Vaccination Hyderabad 1890-1903 - 1890-1903
Year: 1890
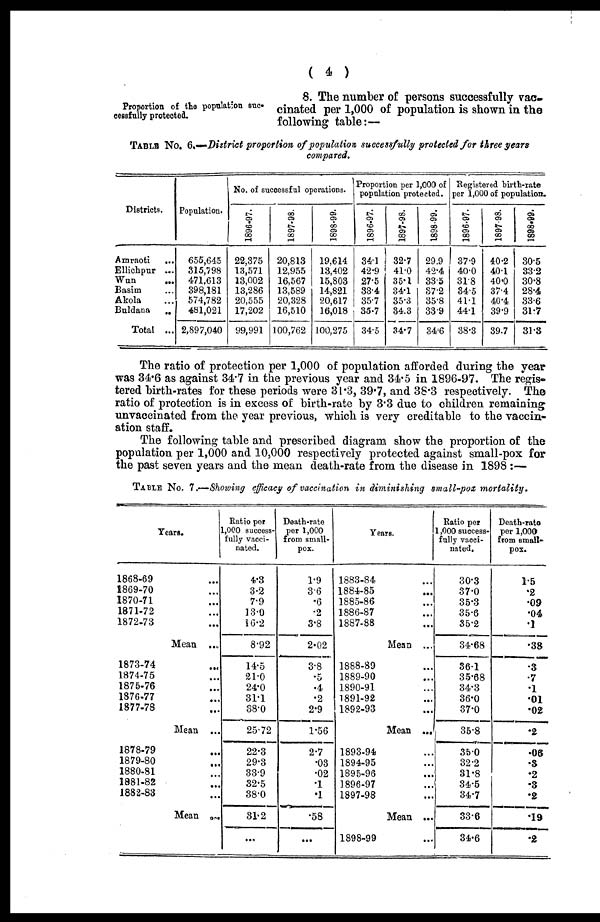
( 4 )
Proportion of the population suc-
cessfully protected.
8. The number of persons successfully vac-
cinated per 1,000 of population is shown in the
following table:—
TABLE No. 6.—District proportion of population successfully protected for three years
compared.
Districts.
Amraoti ...
Ellichpur ...
Wan ...
Basim ...
Akola ...
Buldana ...
TOTAL ...
Population.
655,645
315,798
471,613
398,181
574,782
481,021
2,897,040
No. of successful operations.
1896-97.
22,375
13,571
13,002
13,286
20,555
17,202
99,991
1897-98.
20,813
12,955
16,567
13,589
20,328
16,510
100,762
1898-99.
19,614
13,402
15,803
14,821
20,617
16,018
100,275
Proportion per 1,000 of
population protected.
1896-97.
34.1
42.9
27.5
33.4
35.7
35.7
34.5
1897-98.
32.7
41.0
35.1
34.1
35.3
34.3
34.7
1898-99.
29.9
42.4
33.5
37.2
35.8
33.9
34.6
Registered birth-rate
per 1,000 of population.
1896-97.
37.9
40.0
31.8
34.5
41.1
44.1
38.3
1897-98.
40.2
40.1
40.0
37.4
40.4
39.9
39.7
1898-99.
30.5
33.2
30.8
28.4
33.6
31.7
31.3
The ratio of protection per 1,000 of population afforded during the year
was 34.6 as against 34.7 in the previous year and 34.5 in 1896-97. The regis-
tered birth-rates for these periods were 31.3, 39.7, and 38.3 respectively. The
ratio of protection is in excess of birth-rate by 3.3 due to children remaining
unvaccinated from the year previous, which is very creditable to the vaccin-
ation staff.
The following table and prescribed diagram show the proportion of the
population per 1,000 and 10,000 respectively protected against small-pox for
the past seven years and the mean death-rate from the disease in 1898 :—
TABLE No. 7.—Showing efficacy of vaccination in diminishing small-pox
mortality.
Years.
1868-69 ...
1869-70 ...
1870-71 ...
1871-72 ...
1872-73 ...
Mean ...
1873-74 ...
1874-75 ...
1875-76 ...
1876-77 ...
1877-78 ...
Mean ...
1878-79 ...
1879-80 ...
1880-81 ...
1881-82 ...
1882-83 ...
Mean ...
Ratio per
1,000 success-
fully vacci-
nated.
4.3
3.2
7.9
13.0
16.2
8.92
14.5
21.0
24.0
31.1
38.0
25.72
22.3
29.3
33.9
32.5
38.0
31.2
...
Death-rate
per 1,000
from small-
pox.
1.9
3.6
.6
.2
3.8
2.02
3.8
.5
.4
.2
2.9
1.56
2.7
.03
.02
.1
.1
.58
...
Years.
1883-84 ...
1884-85 ...
1885-86 ...
1886-87 ...
1887-88 ...
Mean ...
1888-89 ...
1889-90 ...
1890-91 ...
1891-92 ...
1892-93 ...
Mean ...
1893-94 ...
1894-95 ...
1895-96 ...
1896-97 ...
1897-98 ...
Mean ...
1898-99 ...
Ratio per
1,000 success-
fully vacci-
nated.
30.3
37.0
35.3
35.6
35.2
34.68
36.1
35.68
34.3
36.0
37.0
35.8
35.0
32.2
31.8
34.5
34.7
33.6
34.6
Death-rate
per 1,000
from small-
pox.
1.5
.2
.09
.04
.1
.38
.3
.7
.1
.01
.02
.2
.06
.3
.2
.3
.2
.19
.2